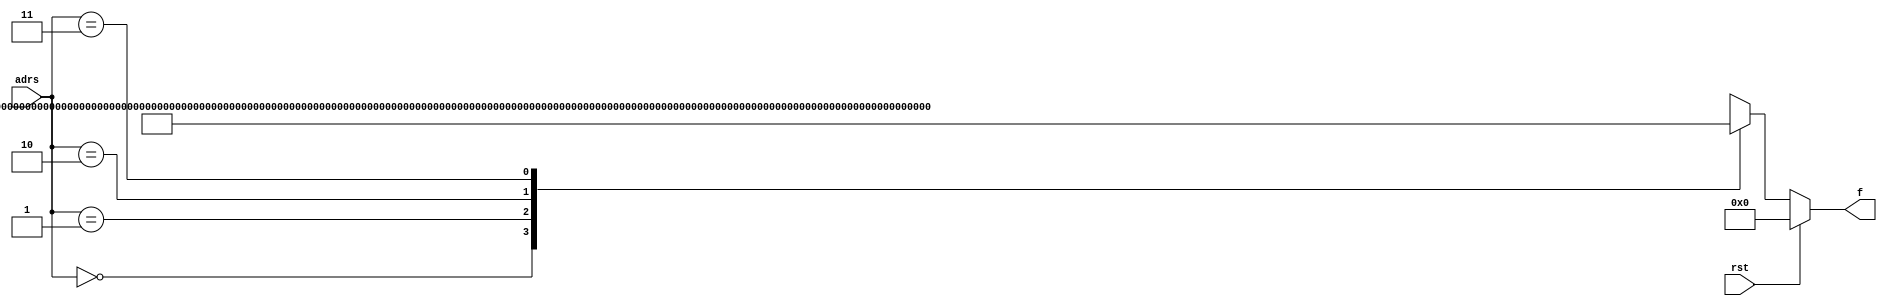
`timescale 1ns / 1ps
//////////////////////////////////////////////////////////////////////////////////
// Company: 
// Engineer: 
// 
// Design Name: 
// Module Name: Function_generator0
// Project Name: 
// Target Devices: 
// Tool Versions: 
// Description: 
// 
// Dependencies: 
// 
// Revision:
// Revision 0.01 - File Created
// Additional Comments:
// 
//////////////////////////////////////////////////////////////////////////////////


module Function_generator0(f,adrs,rst);
parameter K_N=256;
output reg [K_N-1:0]f;
input [1:0]adrs;
input rst;
//input clk;
always@(adrs, rst)
if(rst)
f = 256'd0;
else
case(adrs)
 
  2'b00: f = 256'h8AD371E63AB8417FD242FA5F55E49AAFC896417C30D2074CD46111F2F74C2C01;
  2'b01: f = 256'h9057F1522AC4A2CACE747CC5884178E4A746FB682F81FBC0F0BD1211EACFBA9F;
  2'b10: f = 256'h8F41376741E7F5521C791B28402C13C4FD6B12D1591DC413646AC5168487F917;
  2'b11: f = 256'hB98A17DE5F5FF6F5CE5DB16431486AC5347D18205A62C258A6FB6306051C2470;
  default: f = 256'd0;
 
endcase
endmodule